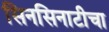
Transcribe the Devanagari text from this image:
सिनसिनाटीचा